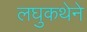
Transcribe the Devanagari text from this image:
लघुकथेने